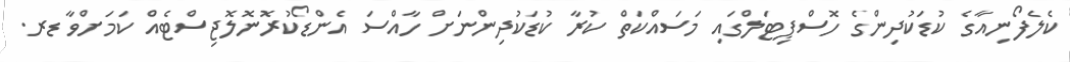
ކެލެފޯނިއާގެ ކުޑަކުދިންގެ ހޮސްޕިޓަލްގައި މަސައްކަތް ކުރާ ކުޑަކުދިންނަށް ހާއްސަ އެންޑޯކުރޮނޮލޮޖިސްޓެއް ކަމަށްވާ ޑރ.